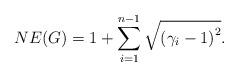
LaTeX: \begin{align*}NE(G)=1+\sum_{i=1}^{n-1}\sqrt{\left(\gamma_{i}-1\right)^{2}}.\end{align*}